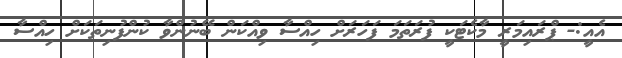
އެއީ:- ޕްރައިމަރީ މާކެޓަކީ ފުރަތަމަ ފަހަރަށް ހިއްސާ ވިއްކަން ބޭނުންވާ ކުންފުނިތަކަށް ހިއްސާ